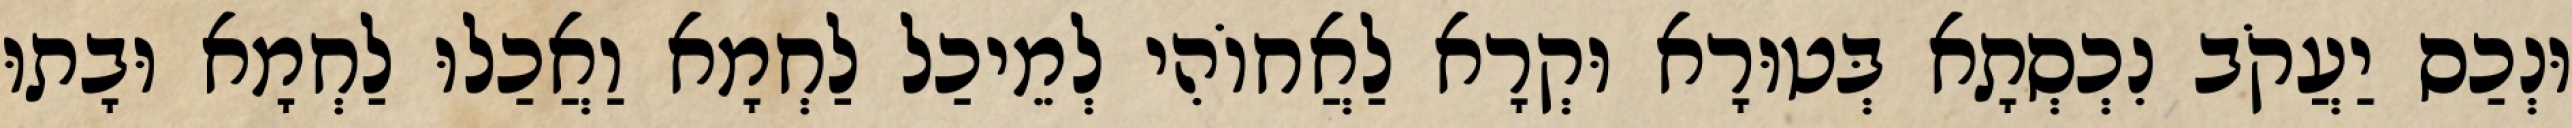
וּנְכַס יַעֲקֹב נִכְסְתָא בְּטוּרָא וּקְרָא לַאֲחוֹהִי לְמֵיכַל לַחְמָא וַאֲכַלוּ לַחְמָא וּבָתוּ